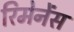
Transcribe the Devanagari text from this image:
रिमेनेंस